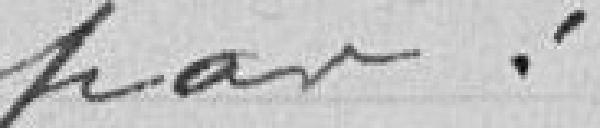
par :